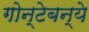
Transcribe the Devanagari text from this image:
गोन्टेबन्ये